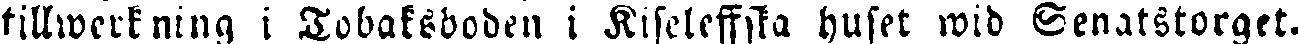
tillwerkning i Tobaksboden i Kiseleffska huset wid Senatstorget.